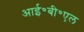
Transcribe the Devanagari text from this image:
आई॰बी॰एल